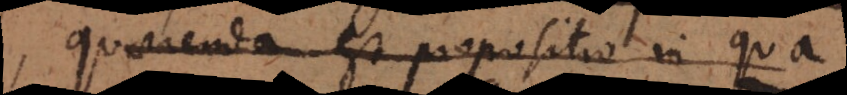
quaerenda est propositio in qua